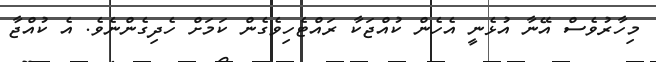
މިހާރުވެސް އޭނާ އުޅެނީ އެހެން ކުއްޖަކާ ރައްޓެހިވެގެން ކަމަށް ހެދިގެންނެވެ. އެ ކުއްޖާ